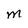
Character: M